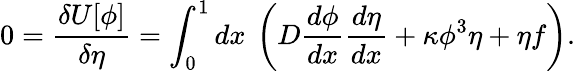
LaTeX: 0=\frac{\delta U[\phi]}{\delta\eta}=\int_{0}^{1}dx\: \left(D\frac{d\phi}{dx}\frac{d\eta}{dx}+\kappa\phi^{3}\eta+\eta f\right).